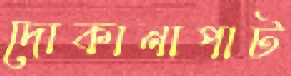
দোকানাপাট